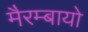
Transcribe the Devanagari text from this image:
मैरम्बायो